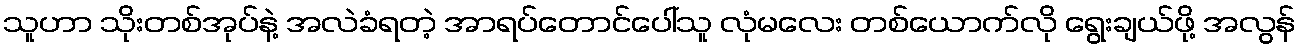
သူဟာ သိုးတစ်အုပ်နဲ့ အလဲခံရတဲ့ အာရပ်တောင်ပေါ်သူ လုံမလေး တစ်ယောက်လို ရွေးချယ်ဖို့ အလွန်